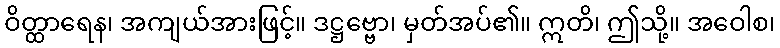
ဝိတ္ထာရေန၊ အကျယ်အားဖြင့်။ ဒဋ္ဌဗ္ဗော၊ မှတ်အပ်၏။ ဣတိ၊ ဤသို့။ အဝေါစ၊